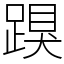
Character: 䠐